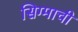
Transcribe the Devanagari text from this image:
सिग्माची